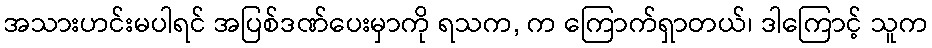
အသားဟင်းမပါရင် အပြစ်ဒဏ်ပေးမှာကို ရသက, က ကြောက်ရှာတယ်၊ ဒါကြောင့် သူက